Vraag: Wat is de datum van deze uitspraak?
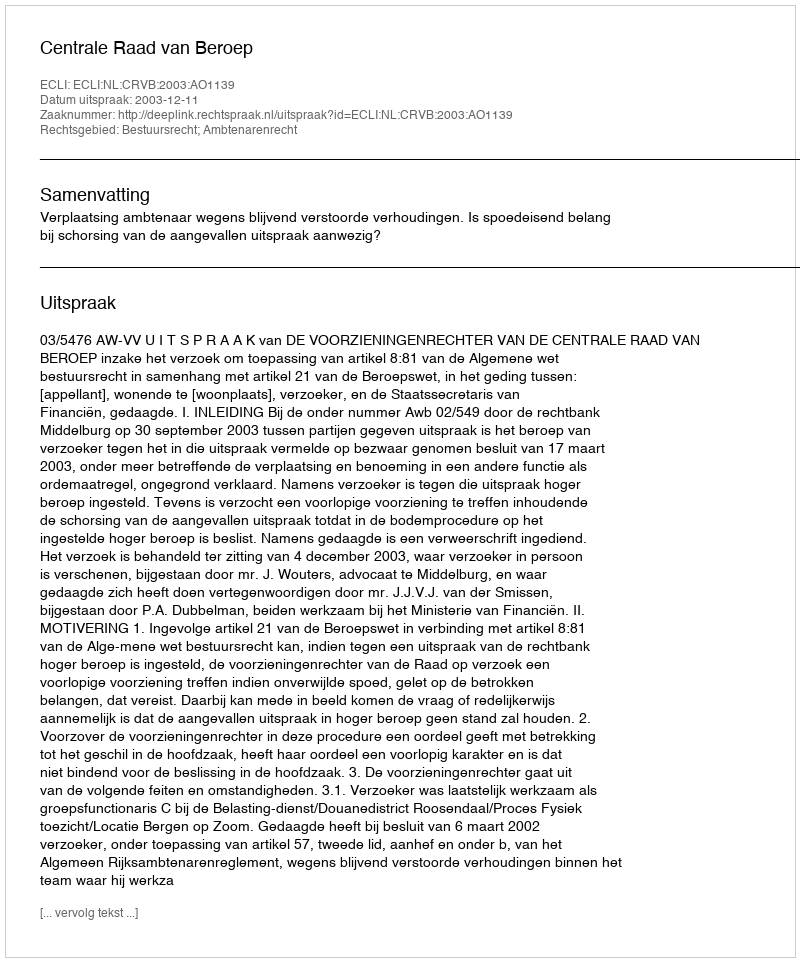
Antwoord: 2003-12-11